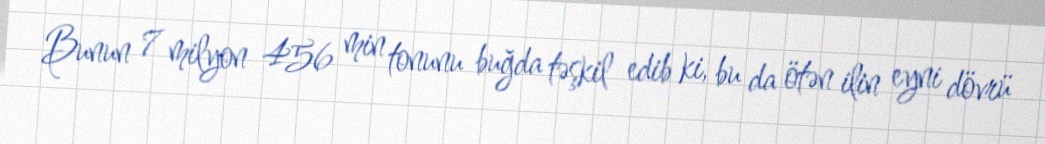
Bunun 7 milyon 456 min tonunu buğda təşkil edib ki, bu da ötən ilin eyni dövrü